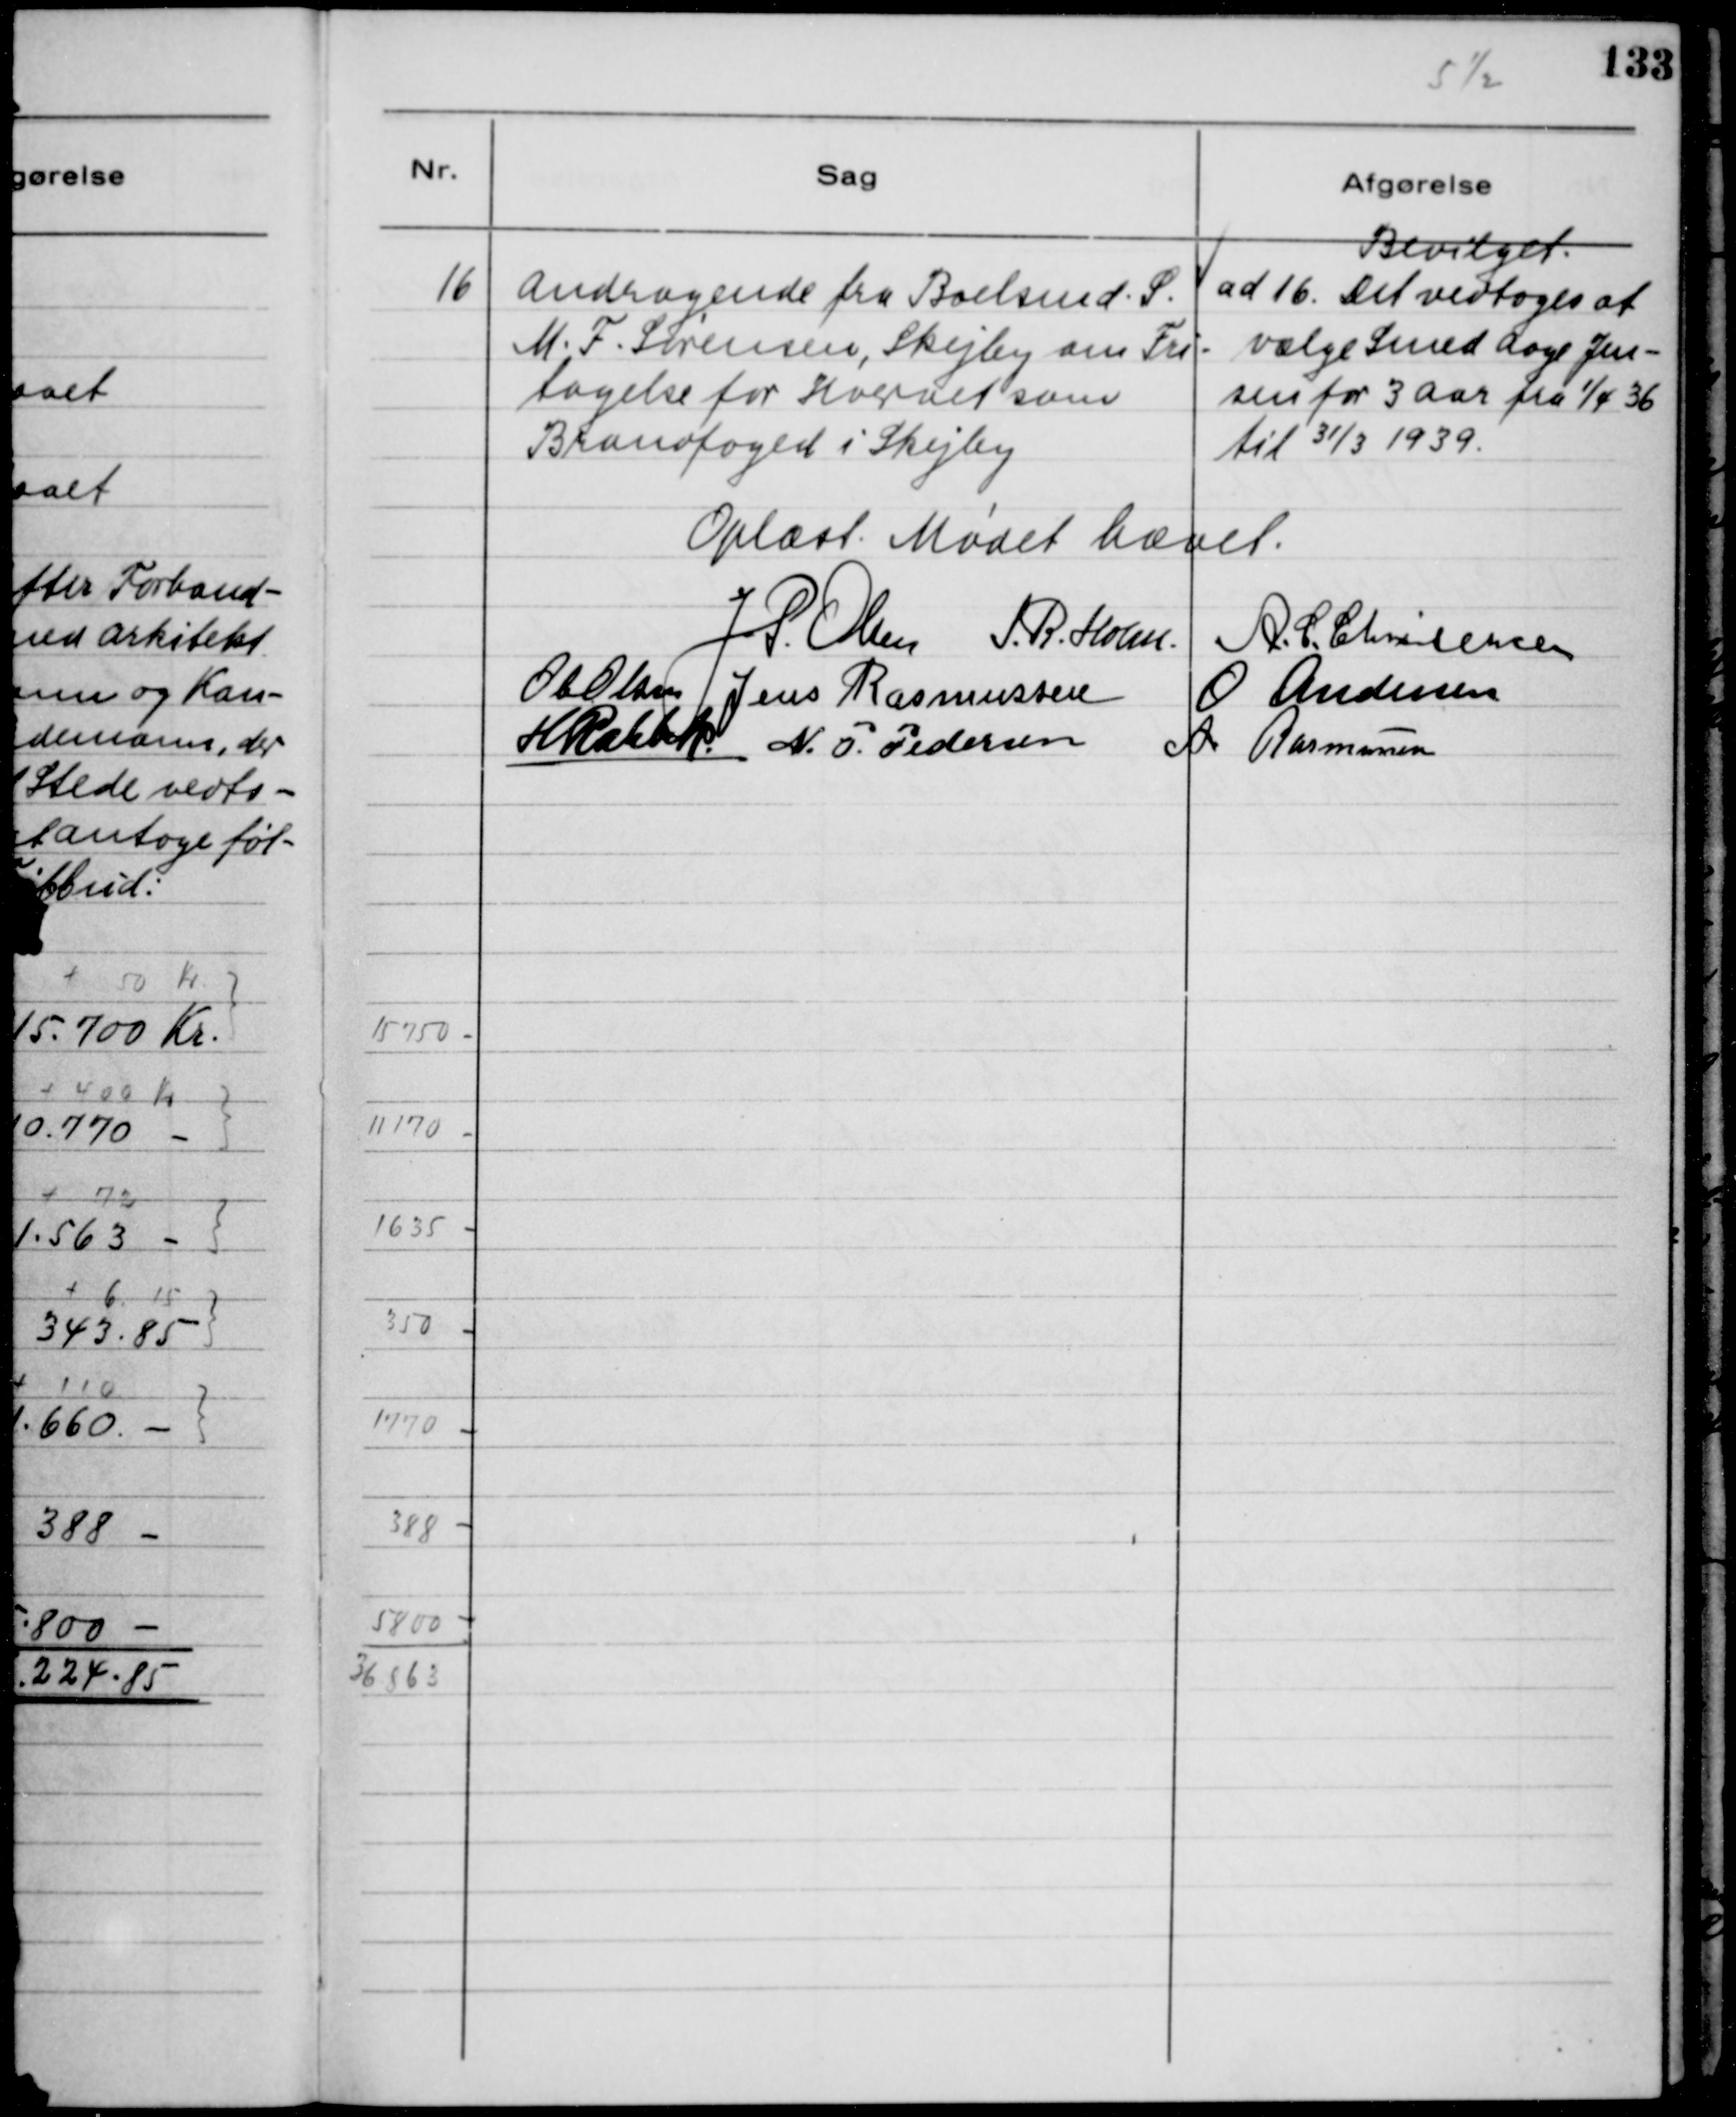
Transskription:
16
Andragende fra Boelsmd. S.
M.F. Sørensen, Skejby om Fri-
tagelse for Hvervet som
Brandfoged i Skejby.
Bevilget.
ad 16 Det vedtoges at
vælge Smed Aage Jen-
sen for 3 Aar fra 1/4 36
til 31/3 1939
Oplæst. Mødet hævet.
J.P. Olsen
S.R. Holm
A.C. Christensen
Ole Olsen
Jens Rasmussen
O. Andersen
H. Rahbek
N.P. Pedersen
A Rasmussen